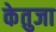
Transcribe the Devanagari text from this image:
केतुजा